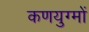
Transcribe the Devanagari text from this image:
कणयुग्मों